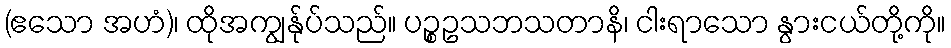
(ဧသော အဟံ)၊ ထိုအကျွန်ုပ်သည်။ ပဉ္စဥသဘသတာနိ၊ ငါးရာသော နွားငယ်တို့ကို။